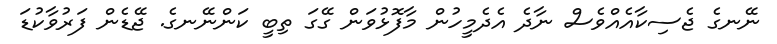
ނޭނގެ ޖެސިކާއެއްވެސް ނާދެ އެދެމީހުން މާފޮޅުވަން ގޭގަ ތިބީ ކަންނޭނގެ. ޖޭޑެން ފަރުވާކުޑަ